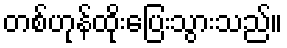
တစ်ဟုန်ထိုးပြေးသွားသည်။